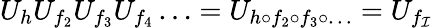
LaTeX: U_{h}U_{f_{2}}U_{f_{3}}U_{f_{4}}\ldots=U_{h\circ f_{2}\circ f_{3}\circ\ldots}=U_{f_{\cal I}}